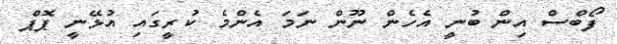
ފޯބްސް އިން ބުނީ އެހެން ނޫން ނަމަ އެންމެ ކުރީގައި އުޅޭނީ ޕޮޕް